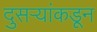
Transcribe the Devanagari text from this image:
दुसर्‍यांकडून